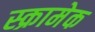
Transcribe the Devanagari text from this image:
स्क्रामेक